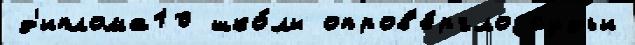
д'иплома10 шко́лы опров'е́ргло судьи